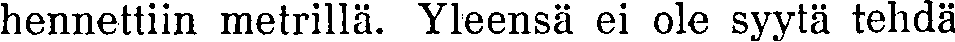
hennettiin metrillä. Yleensä ei ole syytä tehdä